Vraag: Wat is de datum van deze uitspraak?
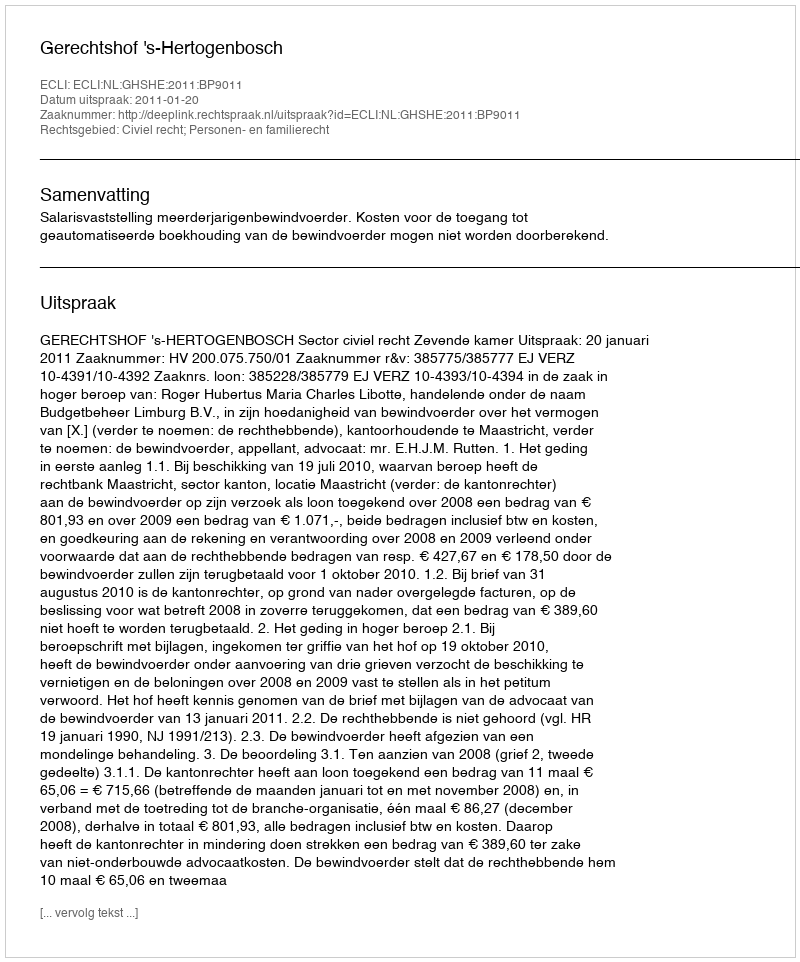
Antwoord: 2011-01-20